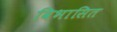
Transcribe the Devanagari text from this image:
विभासित